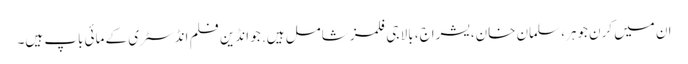
ان میں کرن جوہر، سلمان خان، یشراج، بالا جی فلمز شامل ہیں. جو انڈین فلم انڈسٹری کے مائی باپ ہیں۔